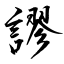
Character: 謬